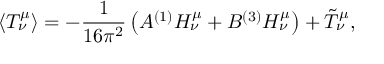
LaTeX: \langle T _ { \nu } ^ { \mu } \rangle = - { \frac { 1 } { 1 6 \pi ^ { 2 } } } \left( A { } ^ { ( 1 ) } H _ { \nu } ^ { \mu } + B { } ^ { ( 3 ) } H _ { \nu } ^ { \mu } \right) + \tilde { T } _ { \nu } ^ { \mu } ,